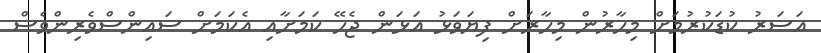
އަސަރު ކުޑަކުރުމަށް މިހާރުން މިހާރަށް ފިޔަވަޅު އަޅަން ޖެހޭ ކަމަށާއި އެކަމަށް ސައިންސްވެރިންވެސް